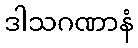
ဒါသဂဏာနံ